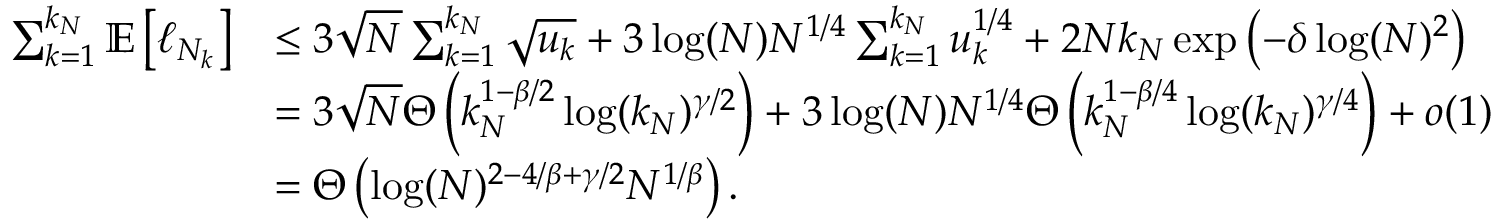
\begin{array} { r l } { \sum _ { k = 1 } ^ { k _ { N } } \mathbb { E } \left[ \ell _ { N _ { k } } \right] } & { \leq 3 \sqrt { N } \sum _ { k = 1 } ^ { k _ { N } } \sqrt { u _ { k } } + 3 \log ( N ) N ^ { 1 / 4 } \sum _ { k = 1 } ^ { k _ { N } } u _ { k } ^ { 1 / 4 } + 2 N k _ { N } \exp \left( - \delta \log ( N ) ^ { 2 } \right) } \\ & { = 3 \sqrt { N } \Theta \left( k _ { N } ^ { 1 - \beta / 2 } \log ( k _ { N } ) ^ { \gamma / 2 } \right) + 3 \log ( N ) N ^ { 1 / 4 } \Theta \left( k _ { N } ^ { 1 - \beta / 4 } \log ( k _ { N } ) ^ { \gamma / 4 } \right) + o ( 1 ) } \\ & { = \Theta \left( \log ( N ) ^ { 2 - 4 / \beta + \gamma / 2 } N ^ { 1 / \beta } \right) . } \end{array}